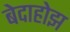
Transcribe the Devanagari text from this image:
बेदाहोझ